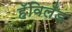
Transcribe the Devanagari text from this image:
हॅविलँड